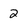
Character: 2